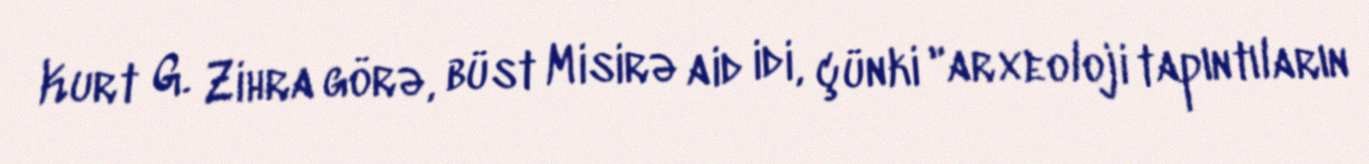
Kurt G. Zihra görə, büst Misirə aid idi, çünki "arxeoloji tapıntıların